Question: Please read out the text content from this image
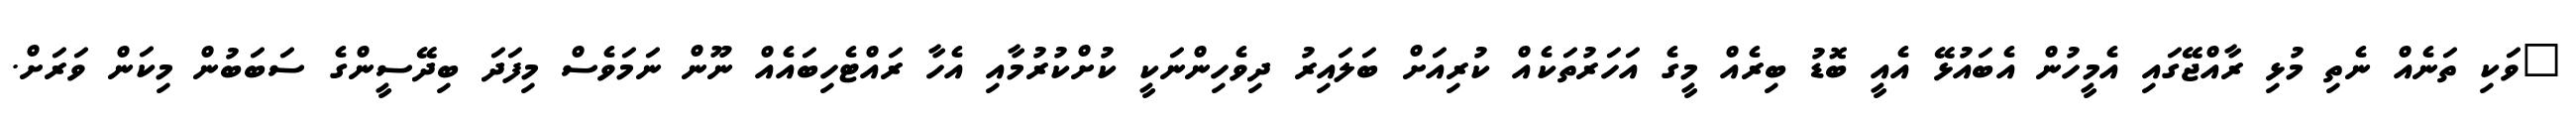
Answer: "ވަކި ތަނެއް ނެތި މުޅި ރާއްޖޭގައި އެމީހުން އެބައުޅޭ އެއީ ބޮޑު ބިރެއް މީގެ އަހަރުތަކެއް ކުރިއަށް ބަލައިރު ދިވެހިންނަކީ ކުށްކުރުމާއި އެހާ ރައްޓެހިބައެއް ނޫން ނަމަވެސް މިފަދަ ބިދޭސީންގެ ސަބަބުން މިކަން ވަރަށް.